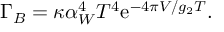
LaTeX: \Gamma _ { B } = \kappa \alpha _ { W } ^ { 4 } T ^ { 4 } { \mathrm { e } } ^ { - 4 \pi V / g _ { 2 } T } .